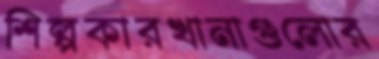
শিল্পকারখানাগুলোর